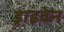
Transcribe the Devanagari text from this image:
ड्राइवेन